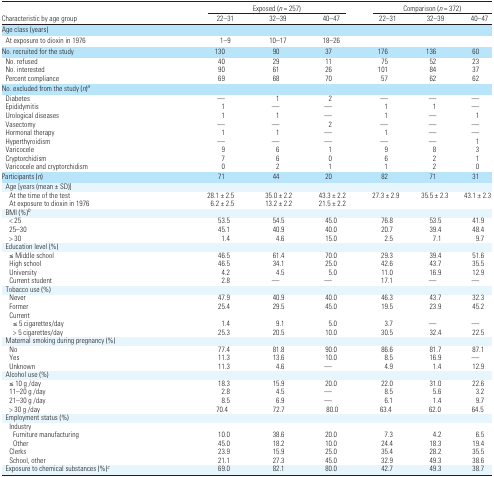
<table><thead><tr><td></td><td colspan="3"><b>Exposed (<i>n</i> = 257)</b></td><td colspan="3"><b>Comparison (<i>n</i> = 372)</b></td></tr><tr><td><b>Characteristic by age group</b></td><td><b>22–31</b></td><td><b>32–39</b></td><td><b>40–47</b></td><td><b>22–31</b></td><td><b>32–39</b></td><td><b>40–47</b></td></tr></thead><tbody><tr><td colspan="7">Age class (years)</td></tr><tr><td> At exposure to dioxin in 1976</td><td>1–9</td><td>10–17</td><td>18–26</td><td></td><td></td><td></td></tr><tr><td>No. recruited for the study</td><td>130</td><td>90</td><td>37</td><td>176</td><td>136</td><td>60</td></tr><tr><td> No. refused</td><td>40</td><td>29</td><td>11</td><td>75</td><td>52</td><td>23</td></tr><tr><td> No. interested</td><td>90</td><td>61</td><td>26</td><td>101</td><td>84</td><td>37</td></tr><tr><td> Percent compliance</td><td>69</td><td>68</td><td>70</td><td>57</td><td>62</td><td>62</td></tr><tr><td colspan="7">No. excluded from the study (<i>n</i>)a</td></tr><tr><td> Diabetes</td><td>—</td><td>1</td><td>2</td><td>—</td><td>—</td><td>—</td></tr><tr><td> Epididymitis</td><td>1</td><td>—</td><td>—</td><td>1</td><td>1</td><td>—</td></tr><tr><td> Urological diseases</td><td>1</td><td>1</td><td>—</td><td>1</td><td>—</td><td>1</td></tr><tr><td> Vasectomy</td><td>—</td><td>—</td><td>2</td><td>—</td><td>—</td><td>—</td></tr><tr><td> Hormonal therapy</td><td>1</td><td>1</td><td>—</td><td>1</td><td>—</td><td>—</td></tr><tr><td> Hyperthyroidism</td><td>—</td><td>—</td><td>—</td><td>—</td><td>—</td><td>1</td></tr><tr><td> Varicocele</td><td>9</td><td>6</td><td>1</td><td>9</td><td>8</td><td>3</td></tr><tr><td> Cryptorchidism</td><td>7</td><td>6</td><td>0</td><td>6</td><td>2</td><td>1</td></tr><tr><td> Varicocele and cryptorchidism</td><td>0</td><td>2</td><td>1</td><td>1</td><td>2</td><td>0</td></tr><tr><td>Participants (<i>n</i>)</td><td>71</td><td>44</td><td>20</td><td>82</td><td>71</td><td>31</td></tr><tr><td colspan="7"> Age [years (mean ± SD)]</td></tr><tr><td>At the time of the test</td><td>28.1 ± 2.5</td><td>35.0 ± 2.2</td><td>43.3 ± 2.2</td><td>27.3 ± 2.9</td><td>35.5 ± 2.3</td><td>43.1 ± 2.3</td></tr><tr><td>At exposure to dioxin in 1976</td><td>6.2 ± 2.5</td><td>13.2 ± 2.2</td><td>21.5 ± 2.2</td><td></td><td></td><td></td></tr><tr><td colspan="7"> BMI (%)b</td></tr><tr><td>&lt; 25</td><td>53.5</td><td>54.5</td><td>45.0</td><td>76.8</td><td>53.5</td><td>41.9</td></tr><tr><td>25–30</td><td>45.1</td><td>40.9</td><td>40.0</td><td>20.7</td><td>39.4</td><td>48.4</td></tr><tr><td>&gt; 30</td><td>1.4</td><td>4.6</td><td>15.0</td><td>2.5</td><td>7.1</td><td>9.7</td></tr><tr><td colspan="7"> Education level (%)</td></tr><tr><td>≤ Middle school</td><td>46.5</td><td>61.4</td><td>70.0</td><td>29.3</td><td>39.4</td><td>51.6</td></tr><tr><td>High school</td><td>46.5</td><td>34.1</td><td>25.0</td><td>42.6</td><td>43.7</td><td>35.5</td></tr><tr><td>University</td><td>4.2</td><td>4.5</td><td>5.0</td><td>11.0</td><td>16.9</td><td>12.9</td></tr><tr><td>Current student</td><td>2.8</td><td>—</td><td>—</td><td>17.1</td><td>—</td><td>—</td></tr><tr><td colspan="7"> Tobacco use (%)</td></tr><tr><td>Never</td><td>47.9</td><td>40.9</td><td>40.0</td><td>46.3</td><td>43.7</td><td>32.3</td></tr><tr><td>Former</td><td>25.4</td><td>29.5</td><td>45.0</td><td>19.5</td><td>23.9</td><td>45.2</td></tr><tr><td colspan="7">Current</td></tr><tr><td>≤ 5 cigarettes/day</td><td>1.4</td><td>9.1</td><td>5.0</td><td>3.7</td><td>—</td><td>—</td></tr><tr><td>&gt; 5 cigarettes/day</td><td>25.3</td><td>20.5</td><td>10.0</td><td>30.5</td><td>32.4</td><td>22.5</td></tr><tr><td colspan="7"> Maternal smoking during pregnancy (%)</td></tr><tr><td>No</td><td>77.4</td><td>81.8</td><td>90.0</td><td>86.6</td><td>81.7</td><td>87.1</td></tr><tr><td>Yes</td><td>11.3</td><td>13.6</td><td>10.0</td><td>8.5</td><td>16.9</td><td>—</td></tr><tr><td>Unknown</td><td>11.3</td><td>4.6</td><td>—</td><td>4.9</td><td>1.4</td><td>12.9</td></tr><tr><td colspan="7"> Alcohol use (%)</td></tr><tr><td>≤ 10 g /day</td><td>18.3</td><td>15.9</td><td>20.0</td><td>22.0</td><td>31.0</td><td>22.6</td></tr><tr><td>11–20 g /day</td><td>2.8</td><td>4.5</td><td>—</td><td>8.5</td><td>5.6</td><td>3.2</td></tr><tr><td>21–30 g /day</td><td>8.5</td><td>6.9</td><td>—</td><td>6.1</td><td>1.4</td><td>9.7</td></tr><tr><td>&gt; 30 g /day</td><td>70.4</td><td>72.7</td><td>80.0</td><td>63.4</td><td>62.0</td><td>64.5</td></tr><tr><td colspan="7"> Employment status (%)</td></tr><tr><td colspan="7">Industry</td></tr><tr><td>Furniture manufacturing</td><td>10.0</td><td>38.6</td><td>20.0</td><td>7.3</td><td>4.2</td><td>6.5</td></tr><tr><td>Other</td><td>45.0</td><td>18.2</td><td>10.0</td><td>24.4</td><td>18.3</td><td>19.4</td></tr><tr><td>Clerks</td><td>23.9</td><td>15.9</td><td>25.0</td><td>35.4</td><td>28.2</td><td>35.5</td></tr><tr><td>School, other</td><td>21.1</td><td>27.3</td><td>45.0</td><td>32.9</td><td>49.3</td><td>38.6</td></tr><tr><td> Exposure to chemical substances (%)c</td><td>69.0</td><td>82.1</td><td>80.0</td><td>42.7</td><td>49.3</td><td>38.7</td></tr></tbody></table>